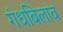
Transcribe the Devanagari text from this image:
गंधबिलाव